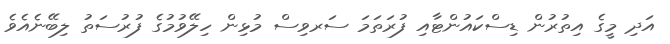
އަދި މީގެ އިތުރުން ޑިސްކައުންޓާއި ފުރަތަމަ ސަރވިސް މުޅިން ހިލޭވުމުގެ ފުރުސަތު ލިބޭނެއެވެ